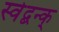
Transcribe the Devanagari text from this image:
स्वेद्बन्क्